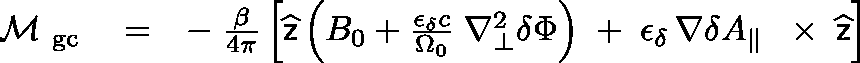
\begin{array} { r l r } { \mathrm { ~ \boldmath ~ \cal ~ M ~ } _ { \mathrm { g c } } } & { { } = } & { - \; \frac { \beta } { 4 \pi } \left[ \widehat { \sf z } \left( B _ { 0 } + \frac { \epsilon _ { \delta } c } { \Omega _ { 0 } } \; \nabla _ { \bot } ^ { 2 } \delta \Phi \right) \; + \; \epsilon _ { \delta } \, \nabla \delta A _ { \| } \, \mathrm { ~ \boldmath ~ \times ~ } \, \widehat { \sf z } \right] } \end{array}